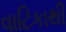
વાટિકાથી